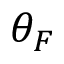
\theta _ { F }